Account of plague administration in the Bombay Presidency from September 1896 till May 1897
Year: 1896
Disease focus: Plague
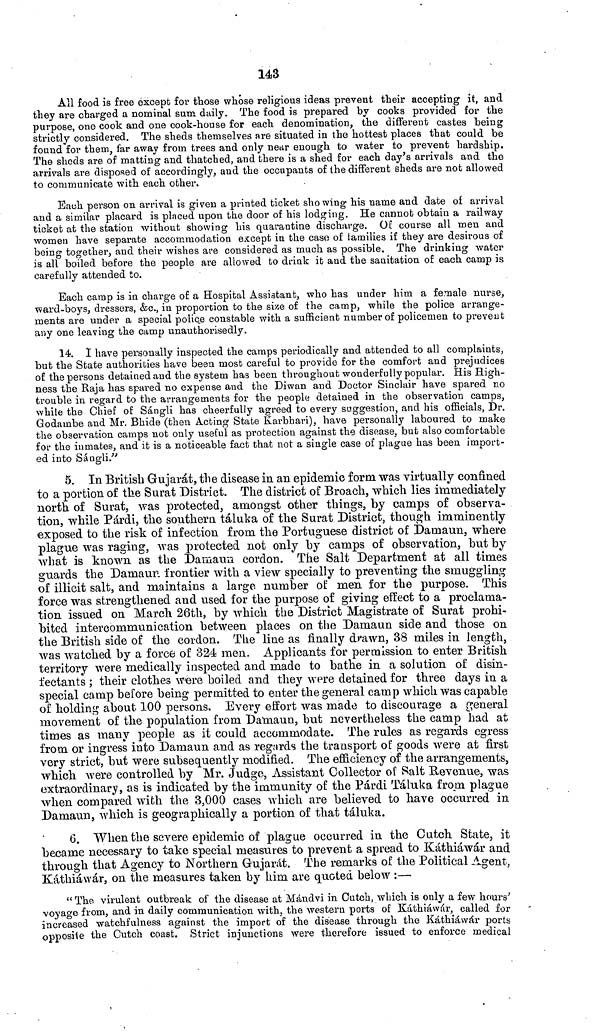
143
All food is free except for those whose religious ideas prevent their accepting it, and
they are charged a nominal sum daily. The food is prepared by cooks provided for the
purpose, one cook and one cook-house for each denomination, the different castes being
strictly considered. The sheds themselves are situated in the hottest places that could be
found for them, far away from trees and only near enough to -water to prevent hardship.
The sheds are of matting and thatched, and there is a shed for each day's arrivals and the
arrivals are disposed of accordingly, and the occupants of the different sheds are not allowed
to communicate with each other.
Each person on arrival is given a printed ticket showing his name and date of arrival
and a similar placard is placed upon the door of his lodging. He cannot obtain a railway
ticket at the station without showing his quarantine discharge. Of course all men and
women have separate accommodation except in the caso of families if they are desirous of
being together, and their wishes are considered as much as possible. The drinking water
is all boiled before the people are allowed to drink it and the sanitation of each camp is
carefully attended to.
Each camp is in charge of a Hospital Assistant, who has under him a female nurse,
ward-boys, dressers, &c., in proportion to the size of the camp, while the police arrange-
ments are under a special police constable with a sufficient number of policemen to prevent
any one leaving the camp unauthorisedly.
14. I have personally inspected the camps periodically and attended to all complaints,
but the State authorities have been most careful to provide for the comfort and prejudices
of the persons detained and the system has been throughout wonderfully popular. His High-
ness the Raja has spared no expense and the Diwan and Doctor Sinclair have spared no
trouble in regard to the arrangements for the people detained in the observation camps,
while the Chief of Sángli has cheerfully agreed to every suggestion, and his officials, Dr.
Godambe and Mr. Bhide (then Acting State Karbhari), have personally laboured to make
the observation camps not only useful as protection against the disease, but also comfortable
for the inmates, and it is a noticeable fact that not a single case of plague has been import-
ed into Sángli.''
5. In British Gujarat, the disease in an epidemic form was virtually confined
to a portion of the Surat District. The district of Broach, which lies immediately
north of Surat, was protected, amongst other things, by camps of observa-
tion, while Párdi, the southern táluka of the Surat District, though imminently
exposed to the risk of infection from the Portuguese district of Damaun, where
plague was raging, was protected not only by camps of observation, but by
what is known as the Damaun cordon. The Salt Department at all times
guards the Damaur. frontier with a view specially to preventing the smuggling
of illicit salt, and maintains a large number of men. for the purpose. This
force was strengthened and used for the purpose of giving effect to a proclama-
tion, issued on March 26th, by which the District Magistrate of Surat prohi-
bited intercommunication between places on the Damaun side and those on
the British side of the cordon. The line as finally drawn, 38 miles in length,
was watched by a force of 324 men. Applicants for permission to enter British
territory were medically inspected and made to bathe in a solution of disin-
fectants ; their clothes were boiled and they were detained for three days in a
special camp before being permitted to enter the general camp which was capable
of holding about 100 persons. Every effort was made to discourage a general
movement of the population from Damaun, but nevertheless the camp had at
times as many people as it could accommodate. The rules as regards egress
from or ingress into Damaun and as regards the transport of goods were at first
very strict, but were subsequently modified. The efficiency of the arrangements,
which were controlled by Mr. Judge, Assistant Collector of Salt Revenue, was
extraordinary, as is indicated by the immunity of the Párdi Táluka from plague
when compared with the 3,000 cases which are believed to have occurred in
Damaun, which is geographically a portion of that táluka.
6. When the severe epidemic of plague occurred in the Cutch State, it
became necessary to take special measures to prevent a spread to Káthiáwár and
through that Agency to Northern Gujarat. The remarks of the Political Agent,
Káthiáwár, on the measures taken by him are quoted below :—
" The virulent outbreak of the disease at Mándvi in Cutch, which is only a few hours'
voyage from, and in daily communication with, the western ports of Káthiáwár, called for
increased watchfulness against the import of the disease through the Káthiáwár ports
opposite the Cutch coast. Strict injunctions were therefore issued to enforce medical